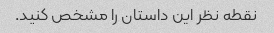
نقطه نظر این داستان را مشخص کنید.